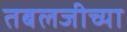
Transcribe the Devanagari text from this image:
तबलजीच्या